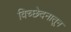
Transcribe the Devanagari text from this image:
विच्छेदनातून